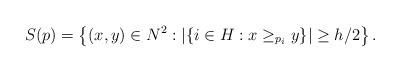
LaTeX: \begin{align*}S(p)=\left\{(x,y)\in N^2: |\{i\in H: x\ge_{p_i}y\}|\ge h/2\right\}.\end{align*}